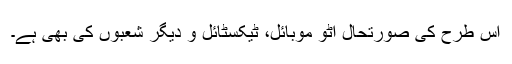
اس طرح کی صورتحال آٹو موبائل، ٹیکسٹائل و دیگر شعبوں کی بھی ہے۔